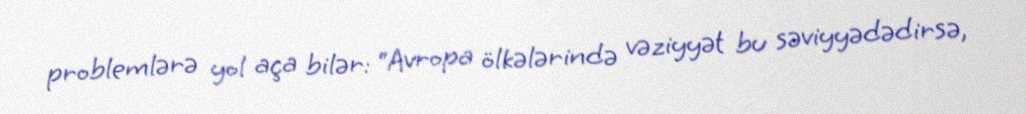
problemlərə yol aça bilər: “Avropa ölkələrində vəziyyət bu səviyyədədirsə,